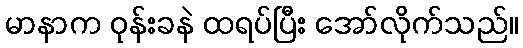
မာနာက ဝုန်းခနဲ ထရပ်ပြီး အော်လိုက်သည်။